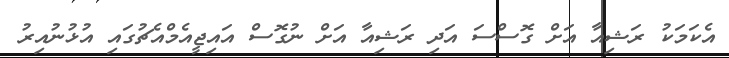
އެކަމަކު ރަޝިއާ އަށް ގޮސްސަ އަދި ރަޝިއާ އަށް ނުގޮސް އައިޖީއެމްއެޗުގައި އުޅުނުއިރު